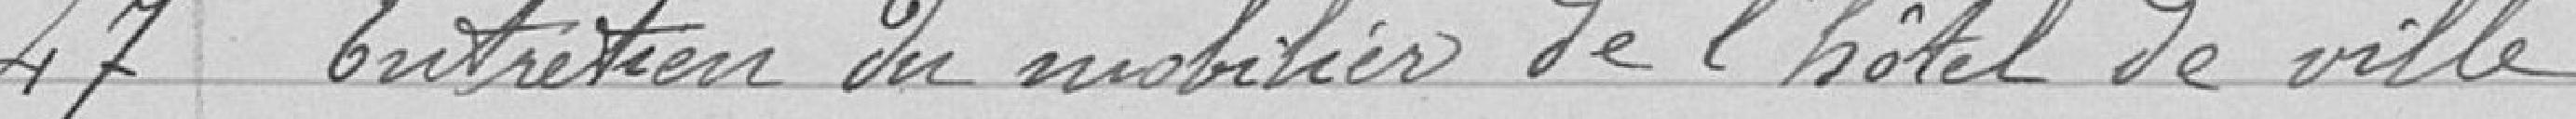
47 Entretien du mobilier de l'hôtel de ville